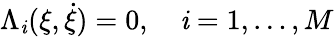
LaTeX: \Lambda_{\mathit{i}}(\xi,\dot{{\xi}})=0,\quad\mathit{i}=1,\dots,M